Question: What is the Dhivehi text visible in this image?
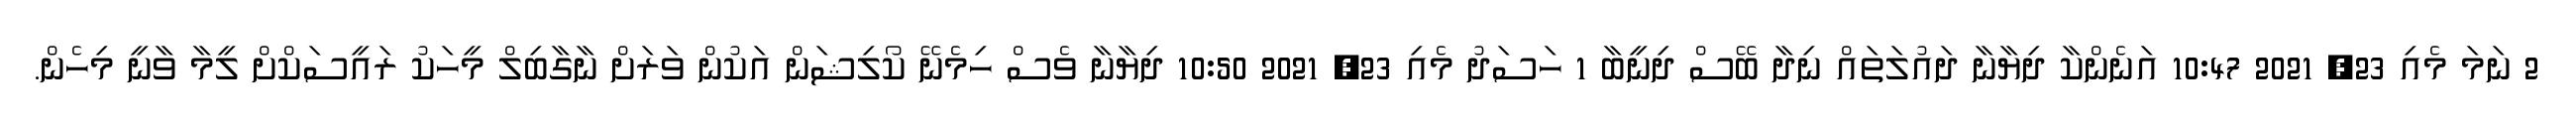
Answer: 2 ނަމަ މެއި 23, 2021 10:47 އަނެންކާ ދިޔާނާ ދައުލަތައް ނިދާ ބޭސް ދިނީބާ 1 ހަސަދު މެއި 23, 2021 10:50 ދިޔާނާ ވެސް ހިމެނޭ ކޯލިޝަން އަކުން ވަރަށް ނާގާބިލް މީހަކު ރައީސަކްށް ލީމާ ވާނީ މިހެން.